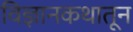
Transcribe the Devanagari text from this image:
विज्ञानकथातून